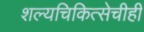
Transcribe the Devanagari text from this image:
शल्यचिकित्सेचीही